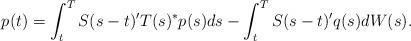
LaTeX: \begin{align*}p(t) = \int_t^T S(s-t)'T(s)^*p(s)ds - \int_t^T S(s-t)'q(s)dW(s).\end{align*}